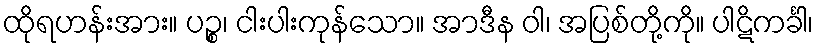
ထိုရဟန်းအား။ ပဉ္စ၊ ငါးပါးကုန်သော။ အာဒီန ဝါ၊ အပြစ်တို့ကို။ ပါဋိကင်္ခါ၊